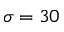
\sigma = 3 0